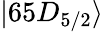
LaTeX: |65D_{5/2}\rangle